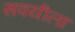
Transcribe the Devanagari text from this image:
सवयीला